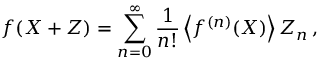
f ( X + Z ) = \sum _ { n = 0 } ^ { \infty } \frac { 1 } { n ! } \left\langle f ^ { ( n ) } ( X ) \right\rangle Z _ { n } \, ,